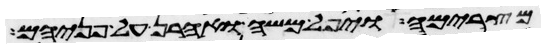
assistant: מצרימה ויפל משה ואהרן על פניהם